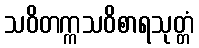
သဝိတက္ကသဝိစာရသုတ္တံ